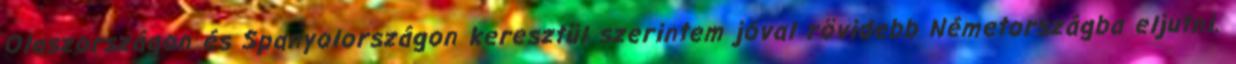
Olaszországon és Spanyolországon keresztül szerintem jóval rövidebb Németországba eljutni.